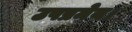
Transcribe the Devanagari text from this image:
उपप्रमेय।